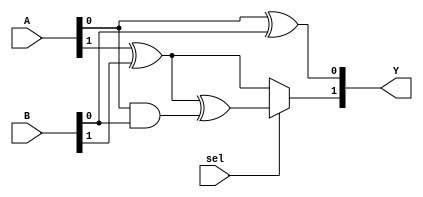
/* Generated by Yosys 0.7 (git sha1 61f6811, gcc 6.2.0-11ubuntu1 -O2 -fdebug-prefix-map=/build/yosys-OIL3SR/yosys-0.7=. -fstack-protector-strong -fPIC -Os) */

(* src = "testfile.v:1" *)
module mux_2to1(Y, A, B, sel);
  (* src = "testfile.v:10" *)
  wire [1:0] _0_;
  (* src = "<techmap.v>:260|<techmap.v>:203" *)
  wire [1:0] _1_;
  wire [1:0] _2_;
  (* src = "testfile.v:3" *)
  input [1:0] A;
  (* src = "testfile.v:3" *)
  input [1:0] B;
  (* src = "testfile.v:2" *)
  output [1:0] Y;
  (* src = "testfile.v:4" *)
  input sel;
  assign Y[1] = sel ? (* src = "testfile.v:7" *) _0_[1] : _2_[1];
  assign Y[0] = A[0] ^(* src = "<techmap.v>:262" *)  B[0];
  assign _2_[1] = A[1] ^(* src = "<techmap.v>:262" *)  B[1];
  assign _0_[1] = _2_[1] ^(* src = "<techmap.v>:263" *)  _1_[0];
  assign _1_[0] = A[0] &(* src = "<techmap.v>:260" *)  B[0];
endmodule